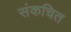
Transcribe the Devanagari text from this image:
संकचित